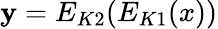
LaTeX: \mathbf{y}=E_{K2}(E_{K1}(x))